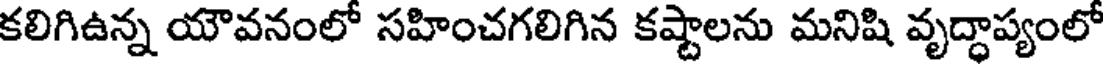
కలిగిఉన్న యౌవనంలో సహించగలిగిన కష్టాలను మనిషి వృద్ధాప్యంలో